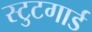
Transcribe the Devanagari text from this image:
स्टुटगार्ड